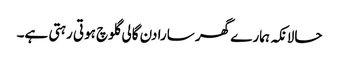
حالانکہ ہمارے گھر سارا دن گالی گلوچ ہوتی رہتی ہے۔